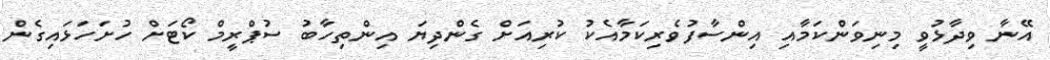
އޭނާ ވިދާޅުވީ މިނިވަންކަމާއި އިންސާފުވެރިކަމާއެކު ކުރިއަށް ގެންދިޔަ އިންތިހާބު ސުޕްރީމް ކޯޓަށް ހުށަހަޅައިގެން